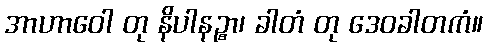
အာဟာဝေါ တု နိပါနဉ္စာ၊ ခါတံ တု ဒေဝခါတကံ။